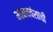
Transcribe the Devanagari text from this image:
मानववंशाची